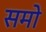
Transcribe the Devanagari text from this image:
समो